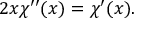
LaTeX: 2 x \chi ^ { \prime \prime } ( x ) = \chi ^ { \prime } ( x ) .